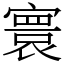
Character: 寰